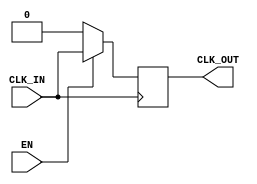
module basic_clock_buffer (
    input wire CLK_IN,   // Input clock signal
    input wire EN,       // Enable signal
    output reg CLK_OUT   // Buffered clock output
);

// Parameter for propagation delay (in time units)
parameter PROPAGATION_DELAY = 1; // Example: 1 ns

// Generate the buffered clock output based on the input clock and enable signal
always @(posedge CLK_IN) begin
    if (EN) begin
        // If EN is high, pass the input clock to the output
        CLK_OUT <= #PROPAGATION_DELAY CLK_IN;
    end else begin
        // If EN is low, hold the output in a defined state (low)
        CLK_OUT <= 1'b0;
    end
end

endmodule